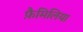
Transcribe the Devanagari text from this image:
फ़ैमिलिया